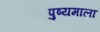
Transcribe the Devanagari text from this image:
पुष्यमाला